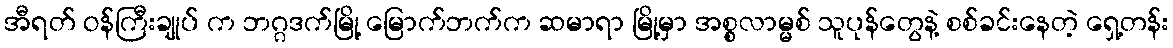
အီရတ် ဝန်ကြီးချုပ် က ဘဂ္ဂဒက်မြို့ မြောက်ဘက်က ဆမာရာ မြို့မှာ အစ္စလာမ္မစ် သူပုန်တွေနဲ့ စစ်ခင်းနေတဲ့ ရှေ့တန်း